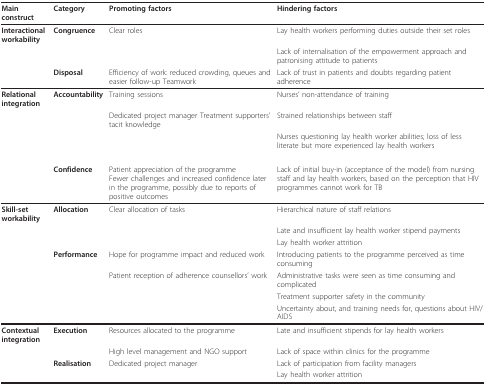
| Main construct | Category | Promoting factors | Hindering factors |
 | --- | --- | --- | --- |
 | Interactional workability | Congruence | Clear roles | Lay health workers performing duties outside their set roles |
 |  |  |  | Lack of internalisation of the empowerment approach and patronising attitude to patients |
 |  | Disposal | Efficiency of work: reduced crowding, queues and easier follow-up Teamwork | Lack of trust in patients and doubts regarding patient adherence |
 | Relational integration | Accountability | Training sessions | Nurses' non-attendance of training |
 |  |  | Dedicated project manager Treatment supporters' tacit knowledge | Strained relationships between staff |
 |  |  |  | Nurses questioning lay health worker abilities; loss of less literate but more experienced lay health workers |
 |  | Confidence | Patient appreciation of the programmeFewer challenges and increased confidence later in the programme, possibly due to reports of positive outcomes | Lack of initial buy-in (acceptance of the model) from nursing staff and lay health workers, based on the perception that HIV programmes cannot work for TB |
 | Skill-set workability | Allocation | Clear allocation of tasks | Hierarchical nature of staff relations |
 |  |  |  | Late and insufficient lay health worker stipend payments |
 |  |  |  | Lay health worker attrition |
 |  | Performance | Hope for programme impact and reduced work | Introducing patients to the programme perceived as time consuming |
 |  |  | Patient reception of adherence counsellors' work | Administrative tasks were seen as time consuming and complicated |
 |  |  |  | Treatment supporter safety in the community |
 |  |  |  | Uncertainty about, and training needs for, questions about HIV/AIDS |
 | Contextual integration | Execution | Resources allocated to the programme | Late and insufficient stipends for lay health workers |
 |  |  | High level management and NGO support | Lack of space within clinics for the programme |
 |  | Realisation | Dedicated project manager | Lack of participation from facility managers |
 |  |  |  | Lay health worker attrition |